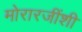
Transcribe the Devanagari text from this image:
मोरारजींशी